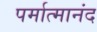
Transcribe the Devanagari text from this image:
पर्मात्मानंद